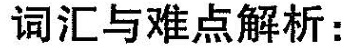
词汇与难点解析: